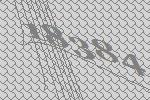
18384